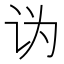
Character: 𰵑